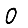
Digit: 0